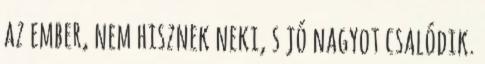
az ember, nem hisznek neki, s jó nagyot csalódik.